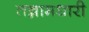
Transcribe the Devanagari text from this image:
तन्नामधारी